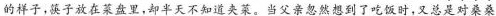
的样子，筷子放在菜盘里，却半天不知道夹菜。当父亲忽然想到了吃饭时，又总是对桑桑